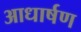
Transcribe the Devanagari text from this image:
आधार्षण